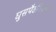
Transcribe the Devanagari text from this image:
घुसपैठनिवारण